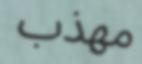
مھذب